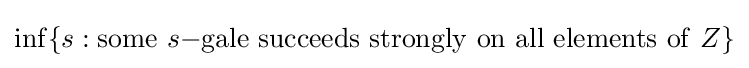
\inf\{s:\mathrm {some} \ s\mathrm {-gale\ succeeds\ strongly\ on\ all\ elements\ of\ } Z\}